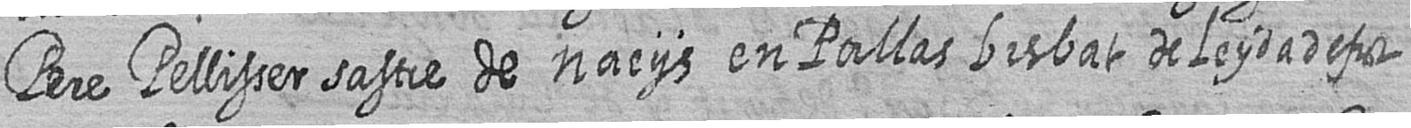
Pere Pellisser sastre de nacijs en Pallas bisbat de Leyda defuct